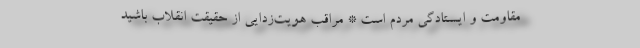
مقاومت و ایستادگی مردم است * مراقب هویت‌زدایی از حقیقت انقلاب باشید